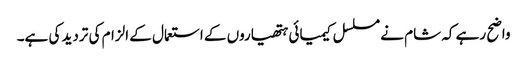
واضح رہے کہ شام نے مسلسل کیمیائی ہتھیاروں کے استعمال کے الزام کی تردید کی ہے۔